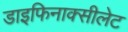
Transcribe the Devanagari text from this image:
डाइफिनाक्सीलेट